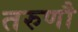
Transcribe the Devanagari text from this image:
तरुणौ